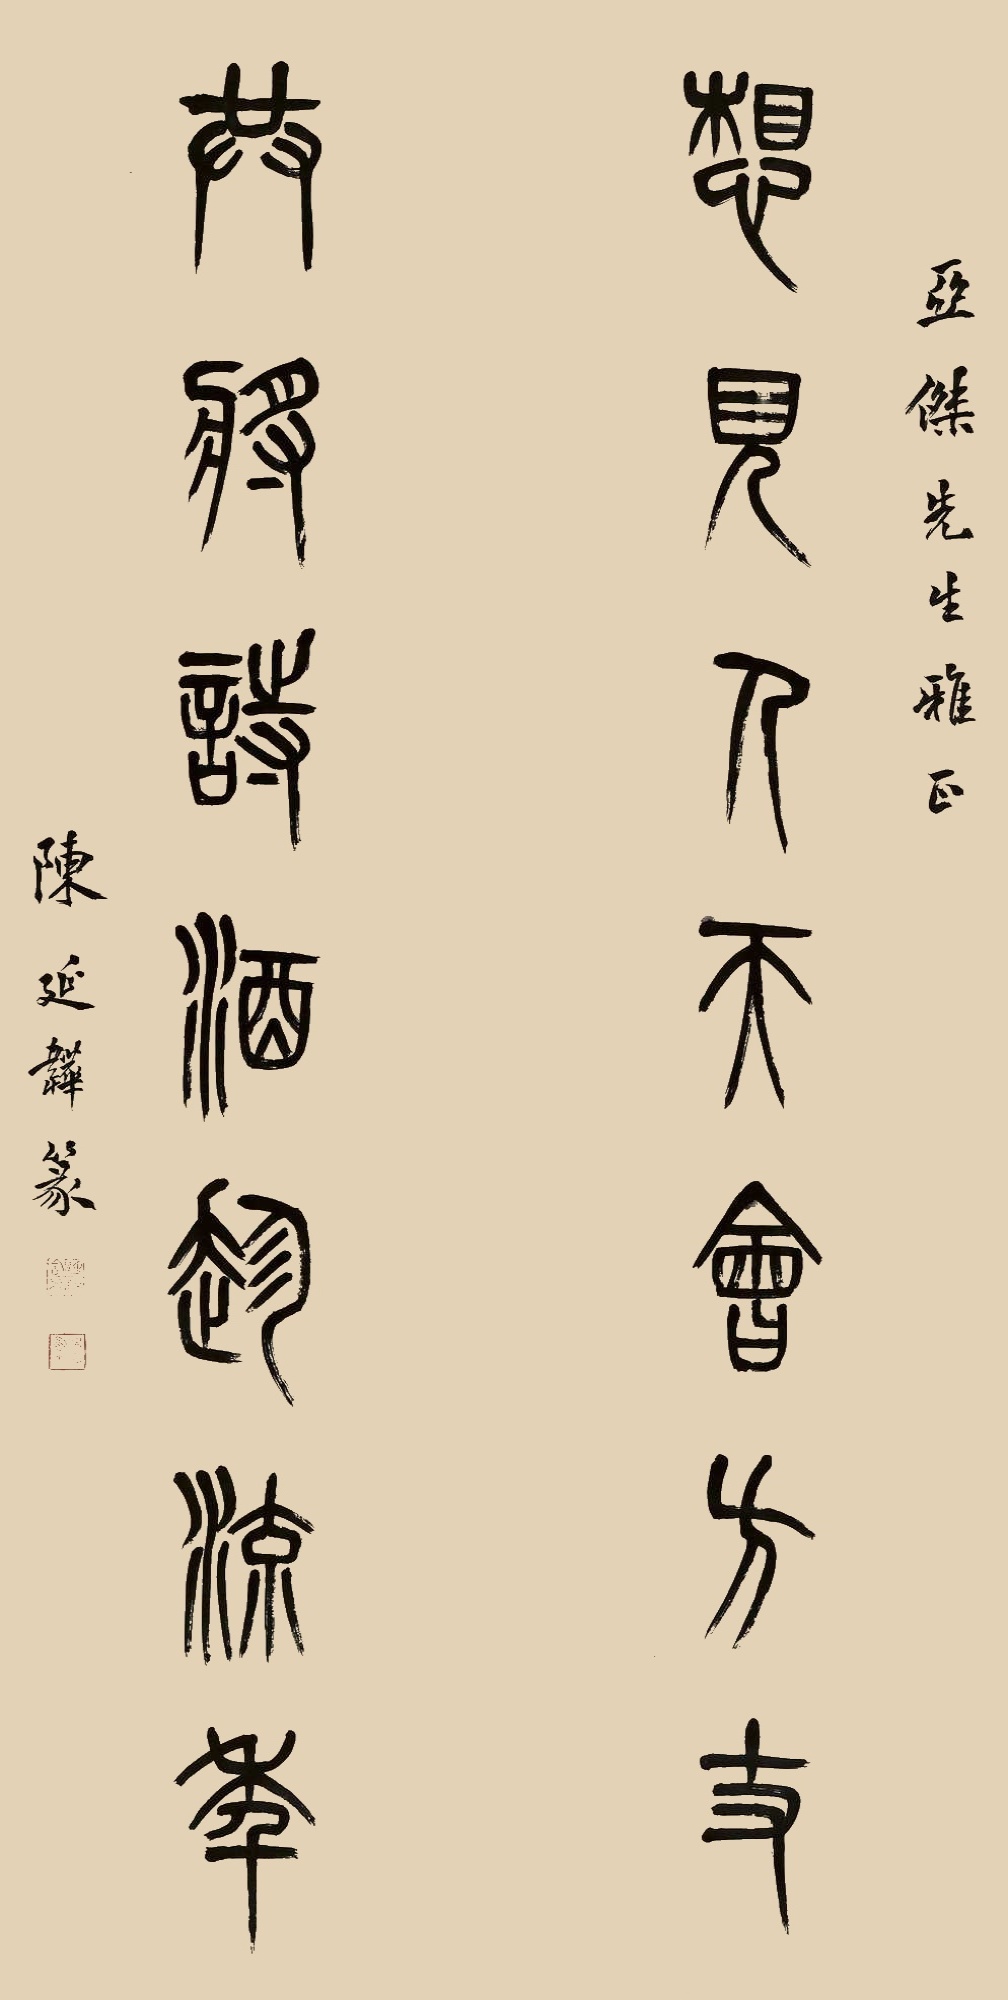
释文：想见人天会方支，共将诗酒趁流年。亚杰先生雅正，陈延韡篆。